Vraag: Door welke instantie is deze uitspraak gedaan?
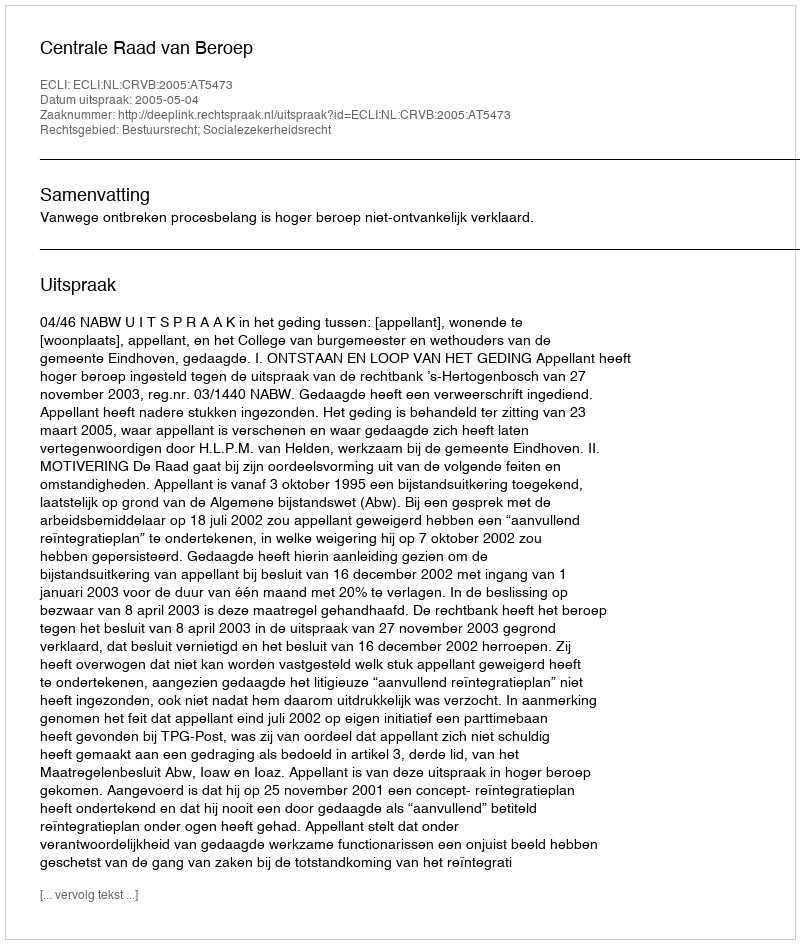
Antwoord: Centrale Raad van Beroep